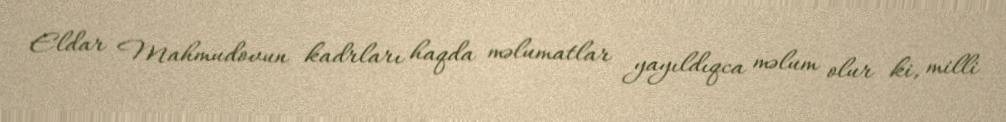
Eldar Mahmudovun kadrları haqda məlumatlar yayıldıqca məlum olur ki, milli